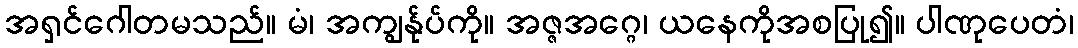
အရှင်ဂေါတမသည်။ မံ၊ အကျွန်ုပ်ကို။ အဇ္ဇအဂ္ဂေ၊ ယနေကိုအစပြု၍။ ပါဏုပေတံ၊